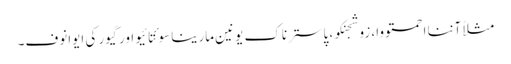
مثلاً آننا احمتووا، زوشجنکو، پاسترناک یونین مارینا سوئتا ئیو اور گیور کی ایوانوف۔